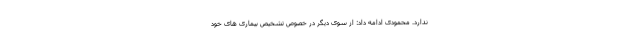
ندارد. محمودی ادامه داد: از سوی دیگر در خصوص تشخیص بیماری های خود